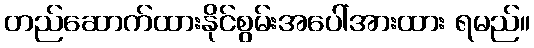
တည်ဆောက်ထားနိုင်စွမ်းအပေါ်အားထား ရမည်။